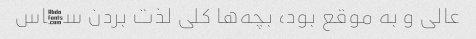
عالی و به موقع بود، بچه‌ها کلی لذت بردن سڀاس